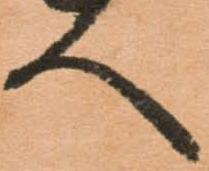
人